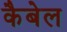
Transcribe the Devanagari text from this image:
कैबेल